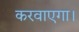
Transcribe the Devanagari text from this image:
करवाएगा।